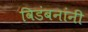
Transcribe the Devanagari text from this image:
विडंबनांनी